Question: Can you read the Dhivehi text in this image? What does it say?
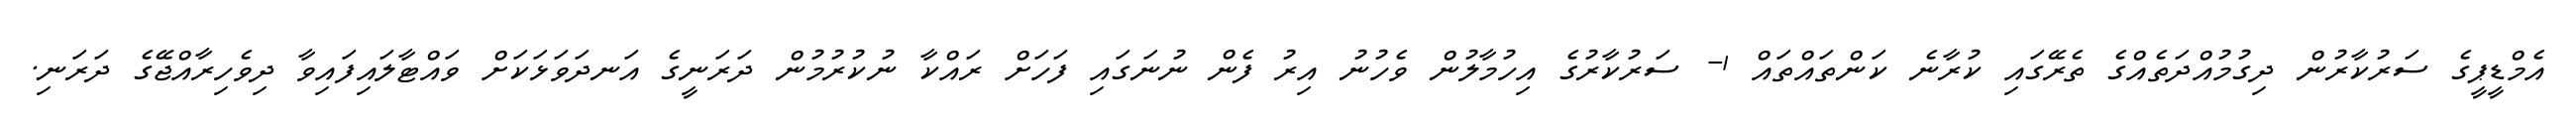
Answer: އެމްޑީޕީގެ ސަރުކާރުން ދިގުމުއްދަތެއްގެ ތެރޭގައި ކުރާނެ ކަންތައްތައް 1- ސަރުކާރުގެ އިހުމާލުން ވެހުނު އިރު ފެން ނުނަގައި ފަހަށް ރައްކާ ނުކުރުމުން ދަރަނީގެ އަނދަވަޅަކަށް ވައްޓާލައިފައިވާ ދިވެހިރާއްޖޭގެ ދަރަނި.